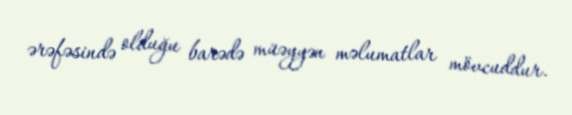
ərəfəsində olduğu barədə müəyyən məlumatlar mövcuddur.